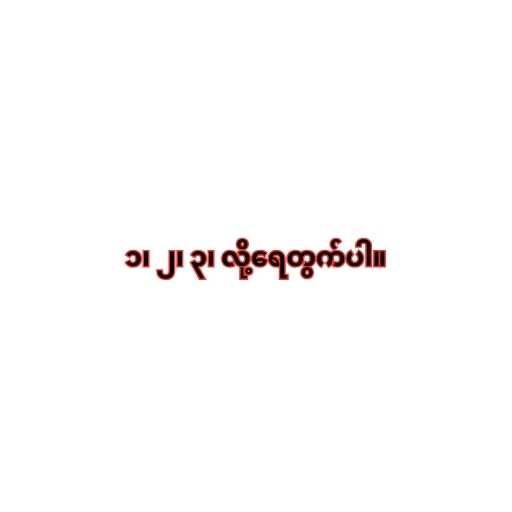
၁၊ ၂၊ ၃၊ လို့ရေတွက်ပါ။